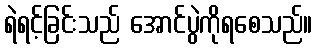
ရဲရင့်ခြင်းသည် အောင်ပွဲကိုရစေသည်။